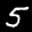
Label: 5